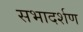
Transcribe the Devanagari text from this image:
सभादर्शण